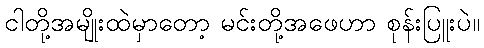
ငါတို့အမျိုးထဲမှာတော့ မင်းတို့အဖေဟာ စုန်းပြူးပဲ။